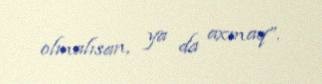
olmalısan, ya da axmaq”.